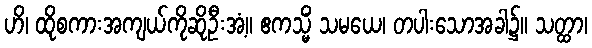
ဟိ၊ ထိုစကားအကျယ်ကိုဆိုဦးအံ့။ ဧကသ္မိံ သမယေ၊ တပါးသောအခါ၌။ သတ္ထာ၊